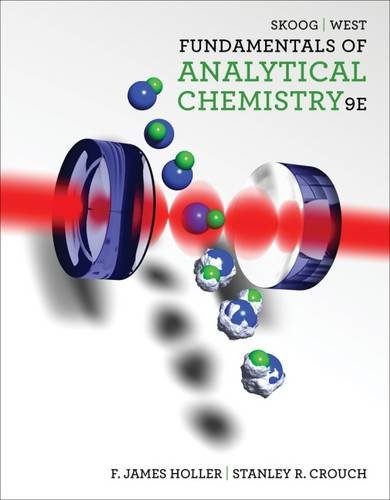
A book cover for Fundamentals of Analytical Chemistry; Douglas A. Skoog; Science & Math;